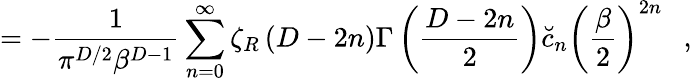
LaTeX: =-{\frac{1}{\pi^{D/2}\beta^{D-1}}}\sum_{n=0}^{\infty}\zeta_{R}\left(D-2n\right)\Gamma\left({\frac{D-2n}{2}}\right)\breve{c}_{n}\left({\frac{\beta}{2}}\right)^{2n}~~~,